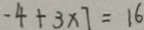
- 4 + 3 \times 7 = 1 6